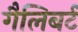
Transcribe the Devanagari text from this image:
गैलिबर्ट